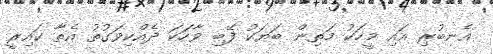
އެނބުރި އައި މީހަކު މަތިން ބަޔަކު ފޭބި ވާހަކަ ދެއްކިވަގުތު އެތާ ކައިރީ